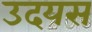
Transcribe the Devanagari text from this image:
उदयस